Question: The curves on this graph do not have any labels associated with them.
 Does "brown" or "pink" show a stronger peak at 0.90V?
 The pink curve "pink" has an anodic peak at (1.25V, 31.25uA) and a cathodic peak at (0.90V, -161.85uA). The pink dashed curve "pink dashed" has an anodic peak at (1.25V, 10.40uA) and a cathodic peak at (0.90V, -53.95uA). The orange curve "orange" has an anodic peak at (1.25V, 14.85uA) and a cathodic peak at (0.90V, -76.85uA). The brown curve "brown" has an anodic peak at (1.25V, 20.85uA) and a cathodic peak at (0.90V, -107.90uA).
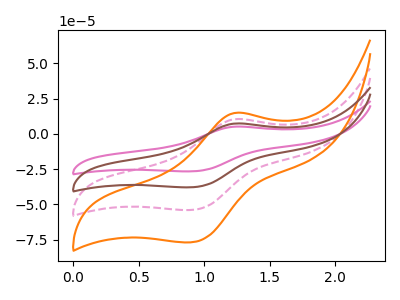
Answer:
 <answer>The peak at 0.90V is lower in "brown" than in "pink".</answer>
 <eval>lower</eval>